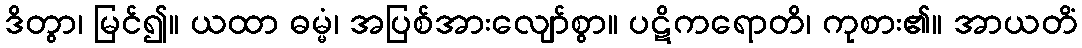
ဒိတွာ၊ မြင်၍။ ယထာ ဓမ္မံ၊ အပြစ်အားလျော်စွာ။ ပဋိကရောတိ၊ ကုစား၏။ အာယတိံ